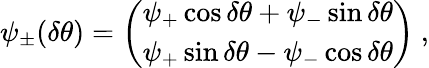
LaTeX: \psi_{\pm}(\delta\theta)={\left(\begin{array}{l}{{\psi_{+}\cos\delta\theta+\psi_{-}\sin\delta\theta}}\\ {{\psi_{+}\sin\delta\theta-\psi_{-}\cos\delta\theta}}\end{array}\right)}~,